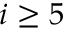
i \geq 5